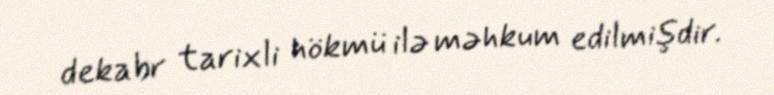
dekabr tarixli hökmü ilə məhkum edilmişdir.